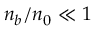
n _ { b } / n _ { 0 } \ll 1